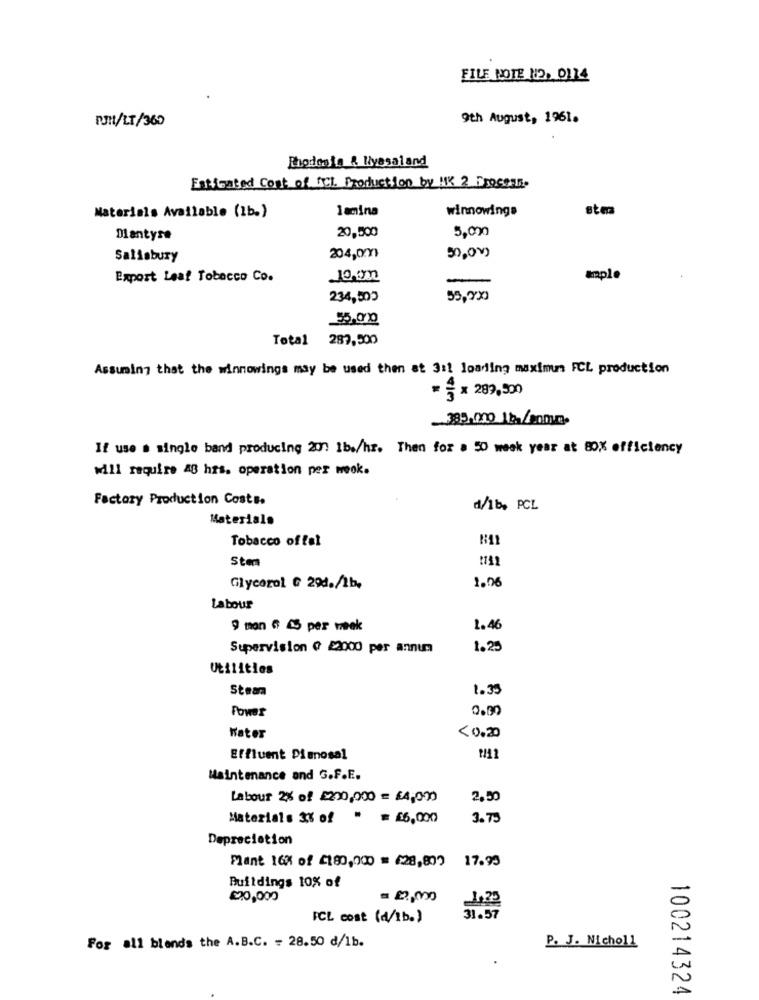
FILE NOTE N2. 0114
PUM/LT/360
9th August, 1961.
Rhodesia & Nyasaland
Esticated cost of Ict. Production by HK 2 Process-
Materials Available (1b.)
lamina
winnowings
atm
Dantyse
20,500
5,000
Salisbury
204,0m
50.00
Export Leaf Tobacco Co.
10,000
ample
234,500
55,9%
Total 287,500
Assuming that the winnowings may be used then at 3 :! loading maximun FCL production
* § × 289,500
395.000 13/200um.
If use a single band producing 20 1bs/hr. Then for a 50 week year at 80% efficiency
will require 48 hrs. operation per wook.
Factory Production Costs.
d/1b, PCL
Materials
Tobacco of fel
Ste
1.06
Glycerol G 294./1b.
Labour
9 mon 6 45 per week
1.46
Supervision @ 22000 per annum
1.25
Utilities
Steam
1.35
Power
Water
<0.20
Effluent Pianosal
Maintenance and G.F.E.
Labour 2% of £200,000 = $4,000
2,50
Materials 3% of " = £6,000
3.75
Depreciation
Plant 16% of £180,000 = (28,809 17.95
Buildings 10% of
= 0,000
1,23
ICL cost (d/1b.)
31.57
For all blends the A.B.C. = 28.50 d/1b.
P. J. Nicholl
100214324